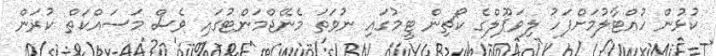
ކުޅުން ހުއްޓާލުމަށްފަހު ލިވަޕޫލްގެ ކޯޗިން ޓީމުގައި ނުވަތަ މެނޭޖްމަންޓުގައި ވެސް މަސައްކަތް ކުރަން